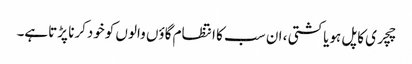
چچری کاپل ہویاکشتی ، ان سب کا انتظام گاؤں والوں کوخودکرنا پڑتاہے۔